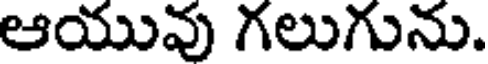
ఆయువు గలుగును.